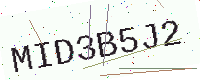
Text: MID3B5J2